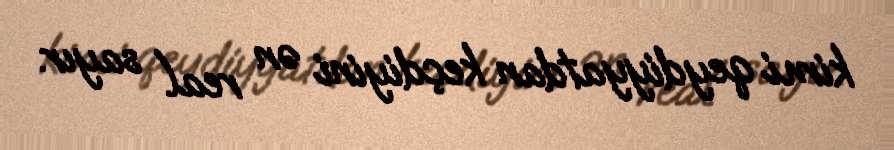
kimi qeydiyyatdan keçdiyini ən real sayır.